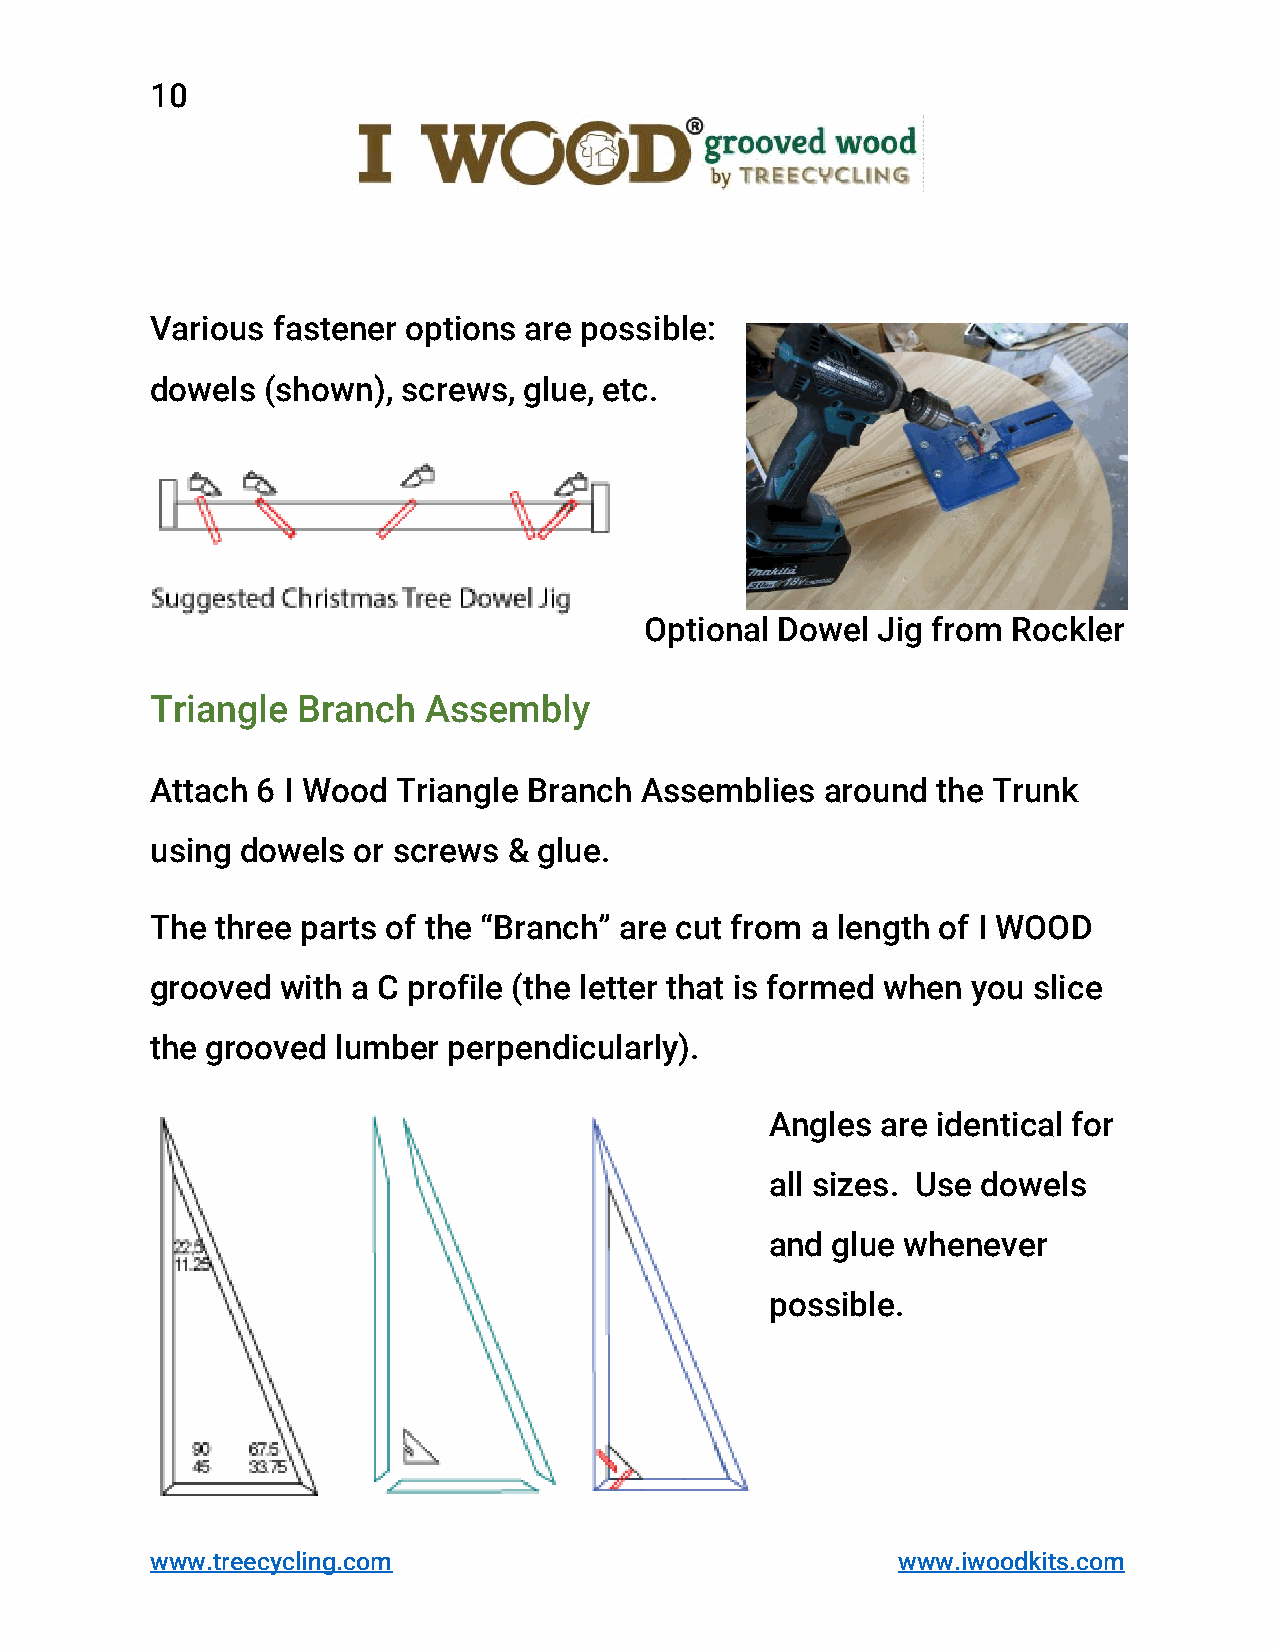
10
 Various fastener options are possible:
 dowels (shown),  screws, glue, etc.
 Optional Dowel Jig from Rockler
 Triangle  Branch  Assembly
 Attach 6 I Wood Triangle Branch Assemblies   around the Trunk
 using dowels or screws  & glue.
 The three parts of the “Branch” are cut from a length of I WOOD
 grooved  with a C profile (the letter that is formed when you slice
 the grooved lumber  perpendicularly).
 Angles are identical for
 all sizes. Use dowels
 and glue whenever
 possible.
 www.treecycling.com                              www.iwoodkits.com